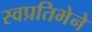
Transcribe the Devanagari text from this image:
स्वप्रतिभेने